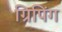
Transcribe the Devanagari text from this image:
ग्रिपिंग